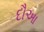
દૌઆ